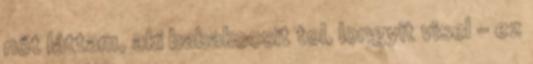
nőt láttam, aki babakocsit tol, longyit visel – ez